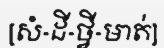
[សំ-ដី-ថ្វី-មាត់]